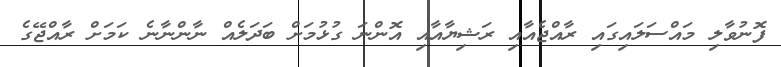
ފޮނުވާލި މައްސަލައިގައި ރާއްޖެއާއި ރަޝިޔާއާއި އޮންނަ ގުޅުމަށް ބަދަލެއް ނާންނާނެ ކަމަށް ރާއްޖޭގެ